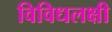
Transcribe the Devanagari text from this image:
विविधलक्षी